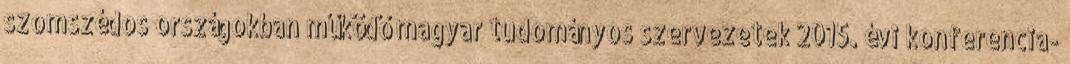
szomszédos országokban működő magyar tudományos szervezetek 2015. évi konferencia-